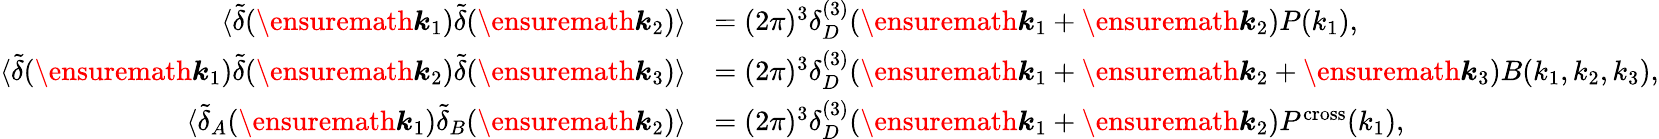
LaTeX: \begin{array}{rl}{\langle\tilde{\delta}(\ensuremath{\boldsymbol{k}}_{1})\tilde{\delta}(\ensuremath{\boldsymbol{k}}_{2})\rangle}&{=(2\pi)^{3}\delta_{D}^{(3)}(\ensuremath{\boldsymbol{k}}_{1}+\ensuremath{\boldsymbol{k}}_{2})P(k_{1}),}\\ {\langle\tilde{\delta}(\ensuremath{\boldsymbol{k}}_{1})\tilde{\delta}(\ensuremath{\boldsymbol{k}}_{2})\tilde{\delta}(\ensuremath{\boldsymbol{k}}_{3})\rangle}&{=(2\pi)^{3}\delta_{D}^{(3)}(\ensuremath{\boldsymbol{k}}_{1}+\ensuremath{\boldsymbol{k}}_{2}+\ensuremath{\boldsymbol{k}}_{3})B(k_{1},k_{2},k_{3}),}\\ {\langle\tilde{\delta}_{A}(\ensuremath{\boldsymbol{k}}_{1})\tilde{\delta}_{B}(\ensuremath{\boldsymbol{k}}_{2})\rangle}&{=(2\pi)^{3}\delta_{D}^{(3)}(\ensuremath{\boldsymbol{k}}_{1}+\ensuremath{\boldsymbol{k}}_{2})P^{\mathrm{cross}}(k_{1}),}\end{array}